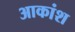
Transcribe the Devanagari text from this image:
आकांश